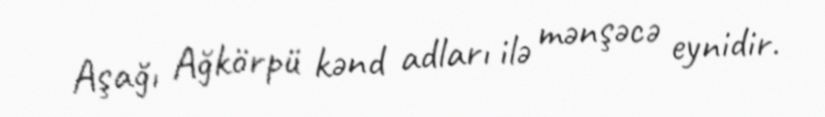
Aşağı Ağkörpü kənd adları ilə mənşəcə eynidir.